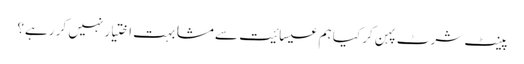
پینٹ شرٹ پہن کر کیا ہم عیسائیت سے مشابہت اختیار نہیں کر رہے؟